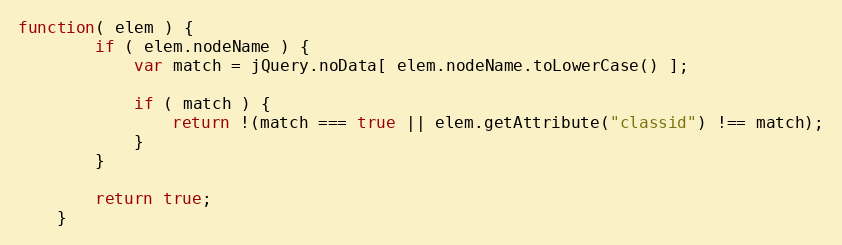
Language: JavaScript
function( elem ) {
		if ( elem.nodeName ) {
			var match = jQuery.noData[ elem.nodeName.toLowerCase() ];

			if ( match ) {
				return !(match === true || elem.getAttribute("classid") !== match);
			}
		}

		return true;
	}